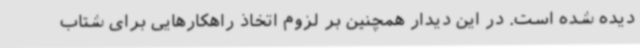
دیده شده است. در این دیدار همچنین بر لزوم اتخاذ راهکارهایی برای شتاب